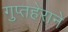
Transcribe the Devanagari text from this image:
गुप्तहेराने